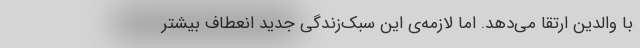
با والدین ارتقا می‌دهد. اما لازمه‌ی این سبک‌زندگی جدید انعطاف بیشتر